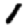
Digit: 1